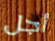
أجل